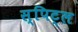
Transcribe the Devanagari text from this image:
स्पिट्ल